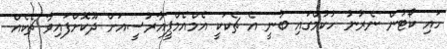
ހައި ކޯޓުން ނެރުނު ހުކުމްގައި ބުނީ އެ ޗެކަކީ އެމްއެމްޕީއާރުސީއަށް ދޫކޮށްފައިވާ ޗެކެއް